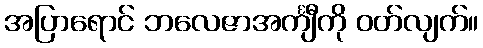
အပြာရောင် ဘလေဇာအင်္ကျီကို ဝတ်လျက်။